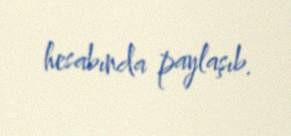
hesabında paylaşıb.